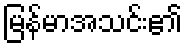
မြန်မာအသင်း၏